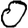
Digit: 0